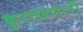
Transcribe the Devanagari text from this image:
कुरतडणारी